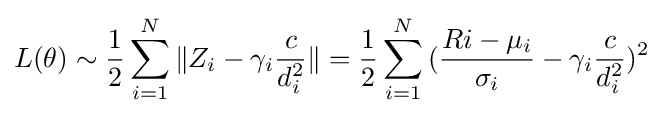
L(\theta )\sim {\frac {1}{2}}\sum _{i=1}^{N}{\|Z_{i}-\gamma _{i}{\frac {c}{d_{i}^{2}}}\|}={\frac {1}{2}}\sum _{i=1}^{N}{({\frac {Ri-\mu _{i}}{\sigma _{i}}}-\gamma _{i}{\frac {c}{d_{i}^{2}}})^{2}}